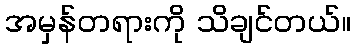
အမှန်တရားကို သိချင်တယ်။